Annual administration report of the Civil Veterinary Department of India - 1898-1899
Year: 1898
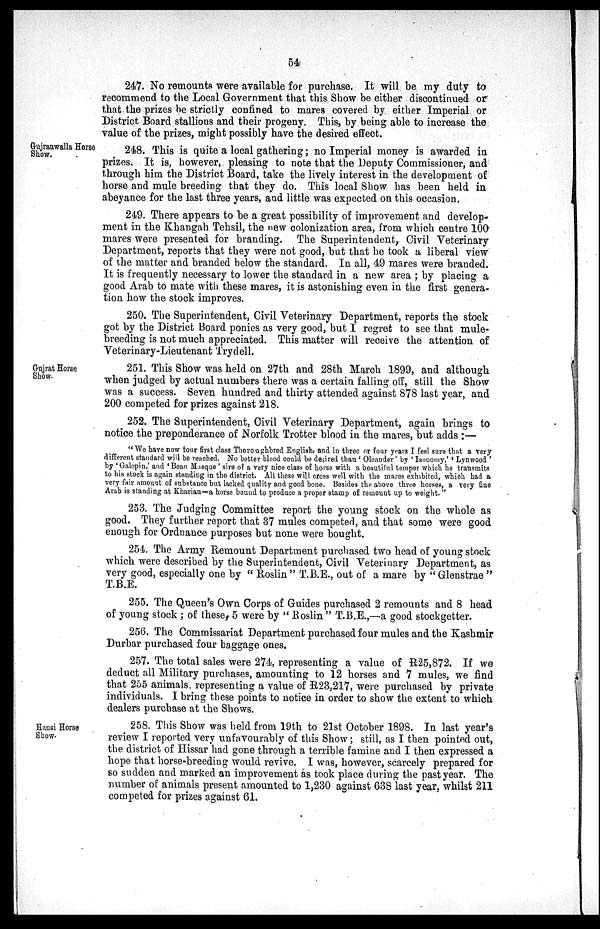
54
247. No remounts were available for purchase. It will be my duty to
recommend to the Local Government that this Show be either discontinued or
that the prizes be strictly confined to mares covered by either Imperial or
District Board stallions and their progeny. This, by being able to increase the
value of the prizes, might possibly have the desired effect.
Gujranwalla Horse
Show.
248. This is quite a local gathering; no Imperial money is awarded in
prizes. It is, however, pleasing to note that the Deputy Commissioner, and
through him the District Board, take the lively interest in the development of
horse and mule breeding that they do. This local Show has been held in
abeyance for the last three years, and little was expected on this occasion.
249. There appears to be a great possibility of improvement and develop-
ment in the Khangah Tehsil, the new colonization area, from which centre 100
mares were presented for branding. The Superintendent, Civil Veterinary
Department, reports that they were not good, but that he took a liberal view
of the matter and branded below the standard. In all, 49 mares were branded.
It is frequently necessary to lower the standard in a new area; by placing a
good Arab to mate with these mares, it is astonishing even in the first genera-
tion how the stock improves.
250. The Superintendent, Civil Veterinary Department, reports the stock
got by the District Board ponies as very good, but I regret to see that mule-
breeding is not much appreciated. This matter will receive the attention of
Veterinary-Lieutenant Trydell.
Gujrat Horse
Show.
251. This Show was held on 27th and 28th March 1899, and although
when judged by actual numbers there was a certain falling off, still the Show
was a success. Seven hundred and thirty attended against 878 last year, and
200 competed for prizes against 218.
252. The Superintendent, Civil Veterinary Department, again brings to
notice the preponderance of Norfolk Trotter blood in the mares, but adds:—
"We have now four first class Thoroughbred English, and in three or four years I feel sure that a very
different standard will be reached. No better blood could be desired than 'Oleander' by 'Isonomy,' 'Lynwood'
by 'Galopin,' and 'Bean Masque' sire of a very nice class of horse with a beautiful temper which he transmits
to his stock is again standing in the district. All these will cross well with the mares exhibited, which had a
very fair amount of substance but lacked quality and good bone. Besides the above three horses, a very fine
Arab is standing at Kharian—a horse bound to produce a proper stamp of remount up to weight."
253. The Judging Committee report the young stock on the whole as
good. They further report that 37 mules competed, and that some were good
enough for Ordnance purposes but none were bought.
254. The Army Remount Department purchased two head of young stock
which were described by the Superintendent, Civil Veterinary Department, as
very good, especially one by "Roslin" T.B.E., out of a mare by "Glenstrae"
T.B.E.
255. The Queen's Own Corps of Guides purchased 2 remounts and 8 head
of young stock; of these, 5 were by "Roslin" T.B.E.,—a good stockgetter.
256. The Commissariat Department purchased four mules and the Kashmir
Durbar purchased four baggage ones.
257. The total sales were 274, representing a value of R25,872. If we
deduct all Military purchases, amounting to 12 horses and 7 mules, we find
that 255 animals, representing a value of R23,217, were purchased by private
individuals. I bring these points to notice in order to show the extent to which
dealers purchase at the Shows.
Hansi Horse
Show.
258. This Show was held from 19th to 21st October 1898. In last year's
review I reported very unfavourably of this Show; still, as I then pointed out,
the district of Hissar had gone through a terrible famine and I then expressed a
hope that horse-breeding would revive. I was, however, scarcely prepared for
so sudden and marked an improvement as took place during the past year. The
number of animals present amounted to 1,230 against 638 last year, whilst 211
competed for prizes against 61.